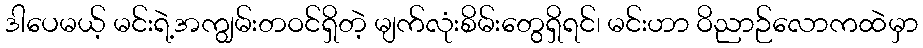
ဒါပေမယ့် မင်းရဲ့အကျွမ်းတဝင်ရှိတဲ့ မျက်လုံးစိမ်းတွေရှိရင်၊ မင်းဟာ ဝိညာဉ်လောကထဲမှာ